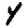
Digit: 4